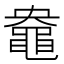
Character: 𪓛